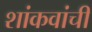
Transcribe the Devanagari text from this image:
शांकवांची